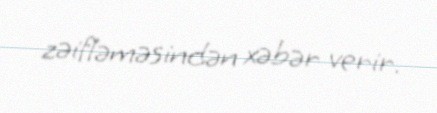
zəifləməsindən xəbər verir.